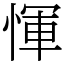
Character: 惲